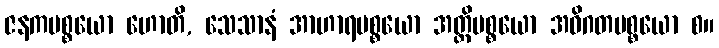
ဇနကပစ္စယော ဟောတိ, သေသာနံ အာဟာရပစ္စယော အတ္ထိပစ္စယော အဝိဂတပစ္စယော စ။